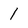
Character: 1